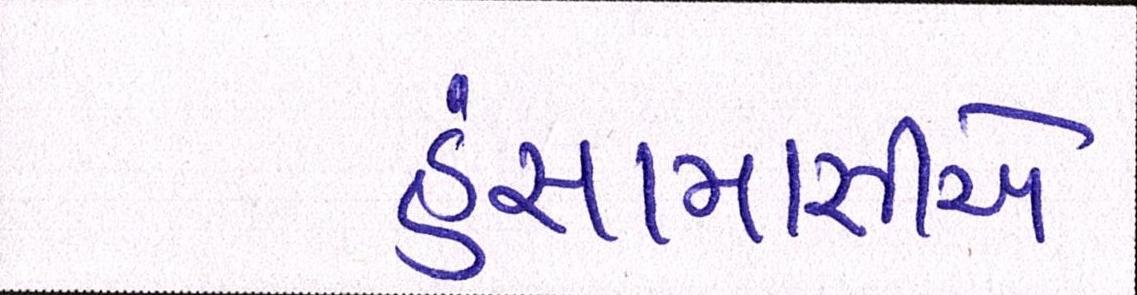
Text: હંસામાસીએ